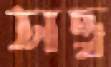
সত্ত্ব